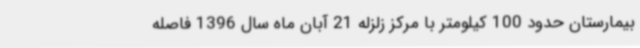
بیمارستان حدود 100 کیلومتر با مرکز زلزله 21 آبان ماه سال 1396 فاصله